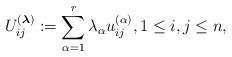
\begin{gather*}U_{ij}^{({\boldsymbol{\lambda}})}:= \sum_{\alpha=1}^{r} \lambda_{\alpha}u_{ij}^{(\alpha)}, 1 \le i,j \le n,\end{gather*}